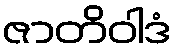
ဇာတိဝါဒံ